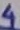
Text: 4